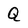
Character: Q